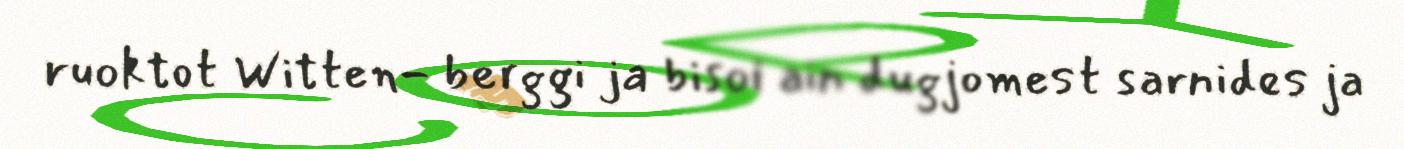
ruoktot Witten- berggi ja bisoi ain dugjomest sarnides ja